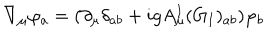
LaTeX: \nabla _ { \mu } \varphi _ { a } = ( \partial _ { \mu } \delta _ { a b } + i g A _ { \mu } ^ { I } ( G _ { I } ) _ { a b } ) \varphi _ { b }